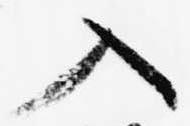
入